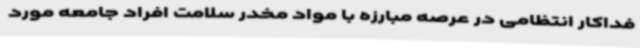
فداکار انتظامی در عرصه مبارزه با مواد مخدر سلامت افراد جامعه مورد